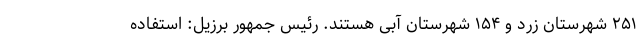
۲۵۱ شهرستان زرد و ۱۵۴ شهرستان آبی هستند. رئیس جمهور برزیل: استفاده